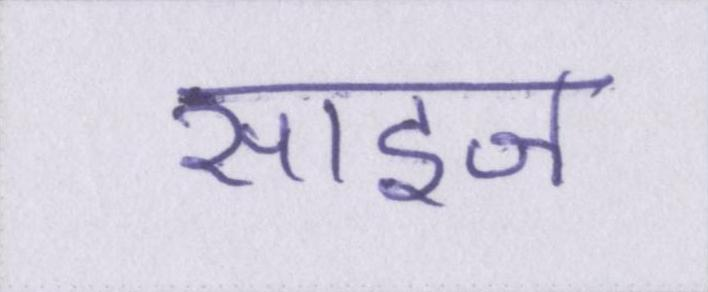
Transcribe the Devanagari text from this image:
साइज